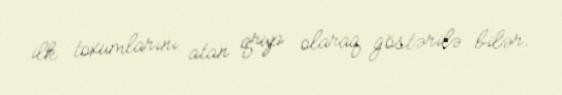
ilk toxumlarını atan qrup olaraq göstərilə bilər.